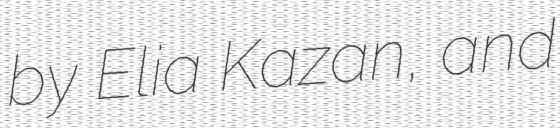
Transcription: by Elia Kazan, and